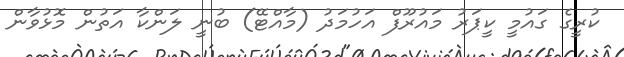
ކުރީގެ ގައުމީ ކީޕަރު މައުރޫފް އަހުމަދު (މާއްޓޭ) ބުނީ ލަންކާ އަތުން މޮޅުވާން